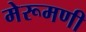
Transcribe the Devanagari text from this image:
मेरूमणी